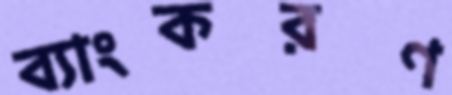
ব্যাংকরণ